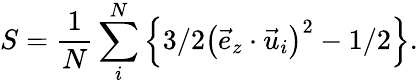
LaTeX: S=\frac{1}{N}\sum_{i}^{N}\left\{ 3/2\left(\vec{e}_{z}\cdot\vec{u}_{i}\right)^{2}-1/2\right\} .